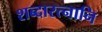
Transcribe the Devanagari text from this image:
शब्दारत्नानि